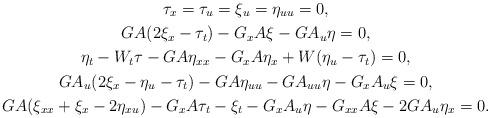
LaTeX: \begin{gather*}\tau_x=\tau_u=\xi_u=\eta_{uu}=0,\\GA(2\xi_x-\tau_t)- G_xA\xi- GA_u\eta=0,\\\eta_t- W_t\tau-GA\eta_{xx}-G_xA\eta_x+W(\eta_u-\tau_t)=0,\\GA_u(2\xi_x-\eta_u-\tau_t)-GA\eta_{uu}- GA_{uu}\eta- G_xA_u\xi=0,\\GA(\xi_{xx}+\xi_x-2\eta_{xu})-G_xA\tau_t-\xi_t-G_xA_u\eta -G_{xx}A\xi -2 GA_u\eta_x=0.\end{gather*}